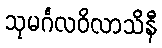
သုမင်္ဂလဝိလာသိနီ